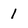
Character: 1